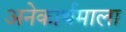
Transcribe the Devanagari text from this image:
अनेकार्थमाला